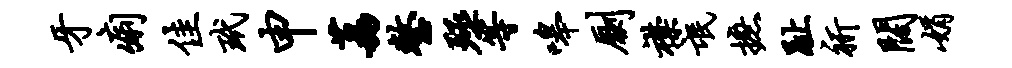
牙痢佳玳申荔整殛等嗥劂襟氓摭趾祈阔娟